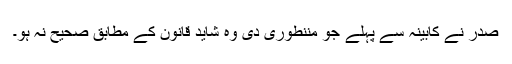
صدر نے کابینہ سے پہلے جو مننطوری دی وہ شاید قانون کے مطابق صحیح نہ ہو۔